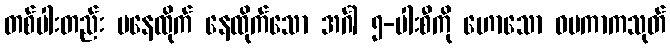
တစ်ပါးတည်း မနေထိုက် နေထိုက်သော အင်္ဂါ ၅-ပါးစီကို ဟောသော ဝပကာကသုတ်